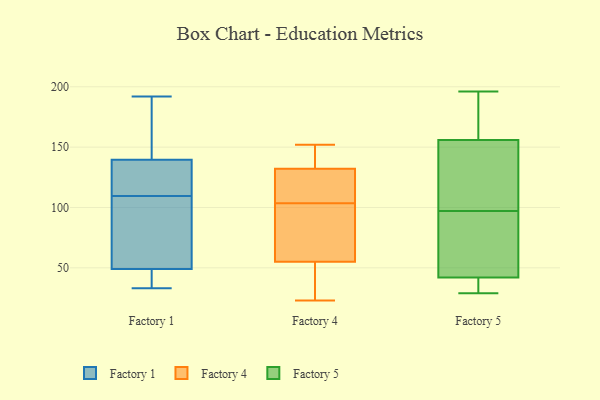
{"axis": {"x": "Inventory Turnover", "y": "Value"}, "legend": ["Factory 1", "Factory 4", "Factory 5"], "data": [{"x": "", "y": 192, "type": "Factory 1"}, {"x": "", "y": 33, "type": "Factory 1"}, {"x": "", "y": 71, "type": "Factory 1"}, {"x": "", "y": 50, "type": "Factory 1"}, {"x": "", "y": 126, "type": "Factory 1"}, {"x": "", "y": 132, "type": "Factory 1"}, {"x": "", "y": 42, "type": "Factory 1"}, {"x": "", "y": 48, "type": "Factory 1"}, {"x": "", "y": 126, "type": "Factory 1"}, {"x": "", "y": 147, "type": "Factory 1"}, {"x": "", "y": 93, "type": "Factory 1"}, {"x": "", "y": 159, "type": "Factory 1"}, {"x": "", "y": 112, "type": "Factory 4"}, {"x": "", "y": 127, "type": "Factory 4"}, {"x": "", "y": 59, "type": "Factory 4"}, {"x": "", "y": 114, "type": "Factory 4"}, {"x": "", "y": 152, "type": "Factory 4"}, {"x": "", "y": 136, "type": "Factory 4"}, {"x": "", "y": 34, "type": "Factory 4"}, {"x": "", "y": 34, "type": "Factory 4"}, {"x": "", "y": 81, "type": "Factory 4"}, {"x": "", "y": 55, "type": "Factory 4"}, {"x": "", "y": 23, "type": "Factory 4"}, {"x": "", "y": 132, "type": "Factory 4"}, {"x": "", "y": 143, "type": "Factory 4"}, {"x": "", "y": 95, "type": "Factory 4"}, {"x": "", "y": 42, "type": "Factory 5"}, {"x": "", "y": 47, "type": "Factory 5"}, {"x": "", "y": 29, "type": "Factory 5"}, {"x": "", "y": 35, "type": "Factory 5"}, {"x": "", "y": 116, "type": "Factory 5"}, {"x": "", "y": 78, "type": "Factory 5"}, {"x": "", "y": 179, "type": "Factory 5"}, {"x": "", "y": 156, "type": "Factory 5"}, {"x": "", "y": 121, "type": "Factory 5"}, {"x": "", "y": 196, "type": "Factory 5"}]}